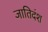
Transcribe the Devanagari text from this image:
जातिदंश